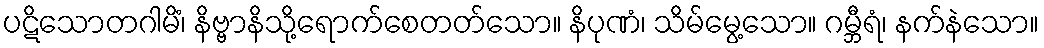
ပဋိသောတဂါမိံ၊ နိဗ္ဗာနိသို့ရောက်စေတတ်သော။ နိပုဏံ၊ သိမ်မွေ့သော။ ဂမ္ဘီရံ၊ နက်နဲသော။